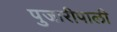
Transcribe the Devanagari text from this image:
पुजारीपाली